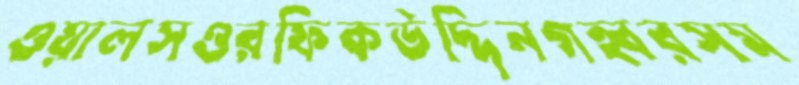
ওয়ালসওরফিকউদ্দিনগহ্বরসম